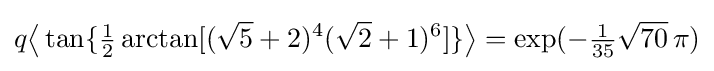
q{\bigl \langle }\tan\{{\tfrac {1}{2}}\arctan[({\sqrt {5}}+2)^{4}({\sqrt {2}}+1)^{6}]\}{\bigr \rangle }=\exp(-{\tfrac {1}{35}}{\sqrt {70}}\,\pi )